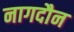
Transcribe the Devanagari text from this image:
नागदौन